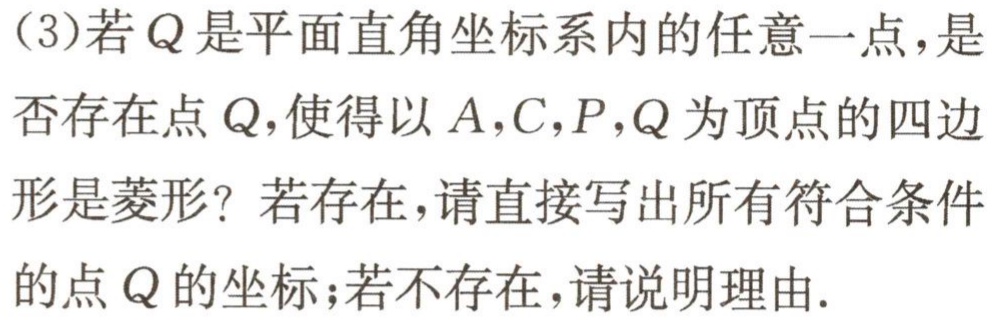
(3)若\(Q\)是平面直角坐标系内的任意一点，是否存在点\(Q\)，使得以\(A,C,P,Q\)为顶点的四边形是菱形？若存在，请直接写出所有符合条件的点\(Q\)的坐标；若不存在，请说明理由.